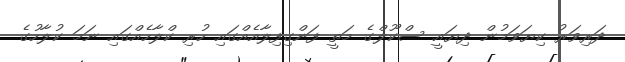
ދަރިވަރު ކިޔަވަމުން ދިޔައީ ސްކޫލްގެ މަތީ ފަންގިފިލާއެއްގައި ހުރި ކްލާހެއްގައި ނަމަ ކުލާހުގެ